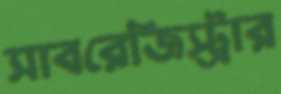
সাবরেজিস্ট্রার